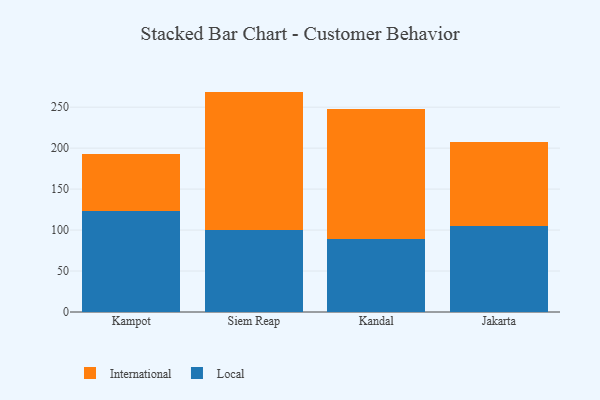
{"axis": {"x": "City", "y": "Website Visitors"}, "legend": ["International", "Local"], "data": [{"x": "Kampot", "y": 123.1, "type": "Local"}, {"x": "Kampot", "y": 69.9, "type": "International"}, {"x": "Siem Reap", "y": 99.6, "type": "Local"}, {"x": "Siem Reap", "y": 169.4, "type": "International"}, {"x": "Kandal", "y": 89.7, "type": "Local"}, {"x": "Kandal", "y": 158.1, "type": "International"}, {"x": "Jakarta", "y": 105.2, "type": "Local"}, {"x": "Jakarta", "y": 101.9, "type": "International"}]}